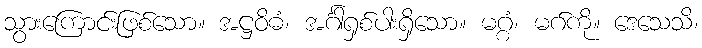
သွားကြောင်းဖြစ်သော။ အဋ္ဌဝိဓံ၊ အင်္ဂါရှစ်ပါးရှိသော။ မဂ္ဂံ၊ မဂ်ကို။ ဒေသေသိ၊